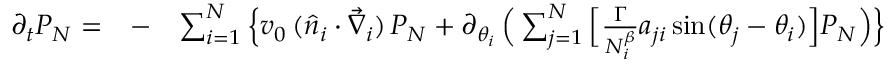
\begin{array} { r l r } { \partial _ { t } P _ { N } = } & { { } - } & { \sum _ { i = 1 } ^ { N } \Big \{ v _ { 0 } \, ( \hat { n } _ { i } \cdot \vec { \nabla } _ { i } ) \, P _ { N } + \partial _ { \theta _ { i } } \, \Big ( \sum _ { j = 1 } ^ { N } \Big [ { \frac { \Gamma } { N _ { i } ^ { \beta } } } a _ { j i } \, \mathrm { s i n } ( \theta _ { j } - \theta _ { i } ) \Big ] P _ { N } \Big ) \Big \} } \end{array}